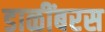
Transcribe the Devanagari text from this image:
डाळींबरस